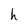
Character: h